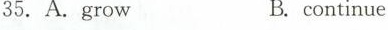
35.A.grow B.continue